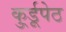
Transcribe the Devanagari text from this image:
कु्र्डूपेठ